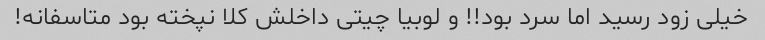
خیلی زود رسید اما سرد بود!! و لوبیا چیتی داخلش کلا نپخته بود متاسفانه!